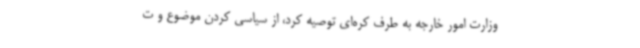
وزارت امور خارجه به طرف کره‌ای توصیه کرد، از سیاسی کردن موضوع و ت